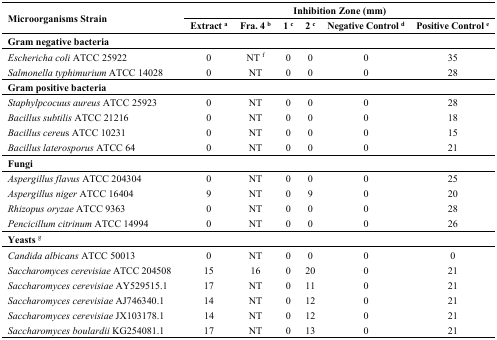
<table><thead><tr><td rowspan="2"><b>Microorganisms Strain</b></td><td colspan="6"><b>Inhibition Zone (mm)</b></td></tr><tr><td><b>Extract <sup>a</sup></b></td><td><b>Fra. 4 <sup>b</sup></b></td><td><b>1 <sup>c</sup></b></td><td><b>2 <sup>c</sup></b></td><td><b>Negative Control <sup>d</sup></b></td><td><b>Positive Control <sup>e</sup></b></td></tr></thead><tbody><tr><td><b>Gram negative bacteria</b></td><td></td><td></td><td></td><td></td><td></td><td></td></tr><tr><td><i>Eschericha coli</i> ATCC 25922</td><td>0</td><td>NT <sup>f</sup></td><td>0</td><td>0</td><td>0</td><td>35</td></tr><tr><td><i>Salmonella typhimurium</i> ATCC 14028</td><td>0</td><td>NT</td><td>0</td><td>0</td><td>0</td><td>28</td></tr><tr><td><b>Gram positive bacteria</b></td><td></td><td></td><td></td><td></td><td></td><td></td></tr><tr><td><i>Staphylpcocuus aureus</i> ATCC 25923</td><td>0</td><td>NT</td><td>0</td><td>0</td><td>0</td><td>28</td></tr><tr><td><i>Bacillus subtilis</i> ATCC 21216</td><td>0</td><td>NT</td><td>0</td><td>0</td><td>0</td><td>18</td></tr><tr><td><i>Bacillus cereu</i>s ATCC 10231</td><td>0</td><td>NT</td><td>0</td><td>0</td><td>0</td><td>15</td></tr><tr><td><i>Bacillus laterosporus</i> ATCC 64</td><td>0</td><td>NT</td><td>0</td><td>0</td><td>0</td><td>21</td></tr><tr><td><b>Fungi</b></td><td></td><td></td><td></td><td></td><td></td><td></td></tr><tr><td><i>Aspergillus flavus</i> ATCC 204304</td><td>0</td><td>NT</td><td>0</td><td>0</td><td>0</td><td>25</td></tr><tr><td><i>Aspergillus niger</i> ATCC 16404</td><td>9</td><td>NT</td><td>0</td><td>9</td><td>0</td><td>20</td></tr><tr><td><i>Rhizopus oryzae</i> ATCC 9363</td><td>0</td><td>NT</td><td>0</td><td>0</td><td>0</td><td>28</td></tr><tr><td><i>Pencicillum citrinum</i> ATCC 14994</td><td>0</td><td>NT</td><td>0</td><td>0</td><td>0</td><td>26</td></tr><tr><td><b>Yeasts <sup>g</sup></b></td><td></td><td></td><td></td><td></td><td></td><td></td></tr><tr><td><i>Candida albicans</i> ATCC 50013</td><td>0</td><td>NT</td><td>0</td><td>0</td><td>0</td><td>0</td></tr><tr><td><i>Saccharomyces cerevisiae</i> ATCC 204508</td><td>15</td><td>16</td><td>0</td><td>20</td><td>0</td><td>21</td></tr><tr><td><i>Saccharomyces cerevisiae</i> AY529515.1</td><td>17</td><td>NT</td><td>0</td><td>11</td><td>0</td><td>21</td></tr><tr><td><i>Saccharomyces cerevisiae</i> AJ746340.1</td><td>14</td><td>NT</td><td>0</td><td>12</td><td>0</td><td>21</td></tr><tr><td><i>Saccharomyces cerevisiae</i> JX103178.1</td><td>14</td><td>NT</td><td>0</td><td>12</td><td>0</td><td>21</td></tr><tr><td><i>Saccharomyces boulardii</i> KG254081.1</td><td>17</td><td>NT</td><td>0</td><td>13</td><td>0</td><td>21</td></tr></tbody></table>